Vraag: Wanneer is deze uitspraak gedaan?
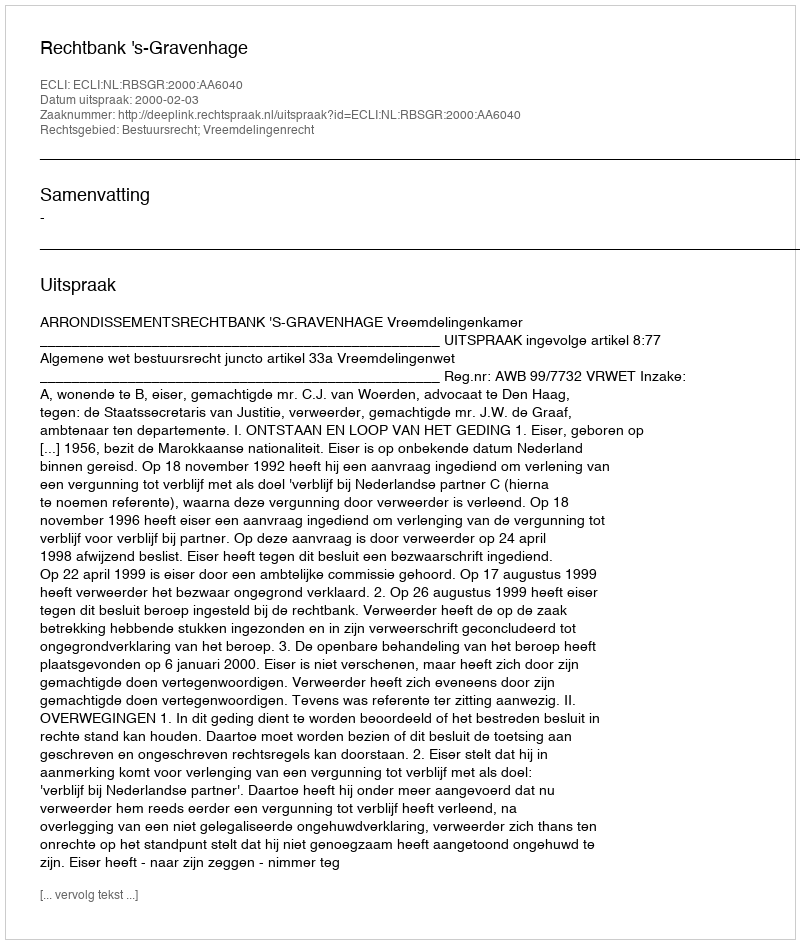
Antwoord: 2000-02-03